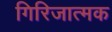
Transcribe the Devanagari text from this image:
गिरिजात्मक